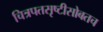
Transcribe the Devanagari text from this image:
चित्रपतसृष्टीसोबतच